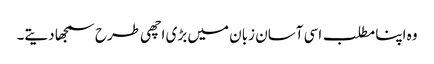
وہ اپنا مطلب اسی آسان زبان میں بڑی اچھی طرح سمجھا دیتے۔